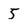
Character: 5